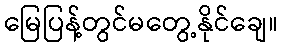
မြေပြန့်တွင်မတွေ့နိုင်ချေ။